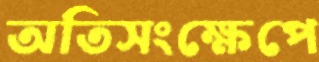
অতিসংক্ষেপে